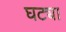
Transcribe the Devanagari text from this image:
घट्या